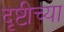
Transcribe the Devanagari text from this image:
दृष्टीच्या